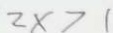
2 x > 1